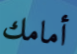
أمامك